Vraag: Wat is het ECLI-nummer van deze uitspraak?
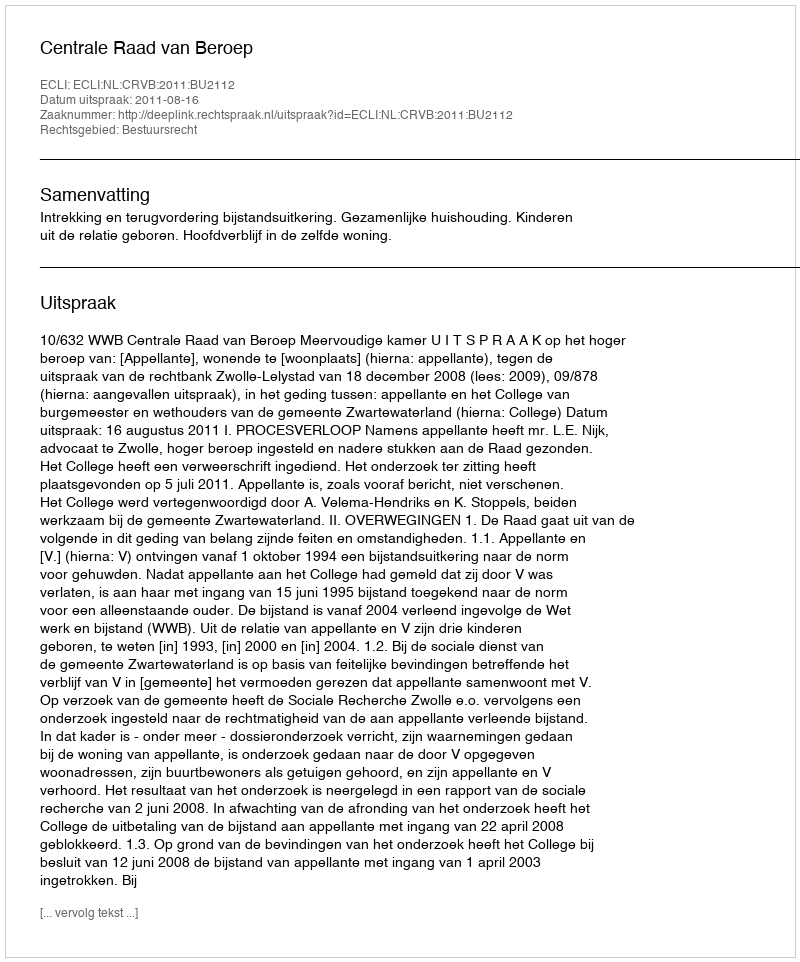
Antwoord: ECLI:NL:CRVB:2011:BU2112